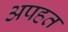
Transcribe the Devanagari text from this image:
अपहत